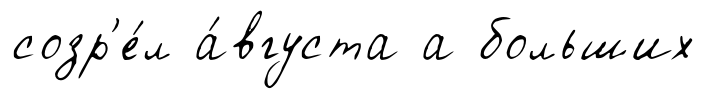
созр'е́л а́вгуста а больших